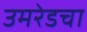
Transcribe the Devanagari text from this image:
उमरेडचा